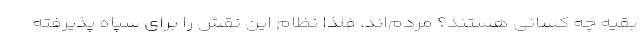
بقیه چه کسانی هستند؟ مردم‌اند. فلذا نظام این نقش را برای سپاه پذیرفته